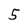
Character: 5